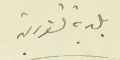
بلدية تنورين